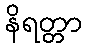
နိရတ္တာ